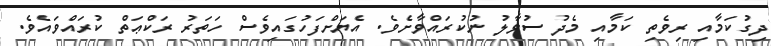
ދިގުކަމާއި ރިވެތި ކަމާއި މެދު ސުވާލު ނުކުރައްވާށެވެ. އެޔަށްފަހުގައިވެސް ހަތަރު ރަކްޢަތް ކުރައްވައެވެ.